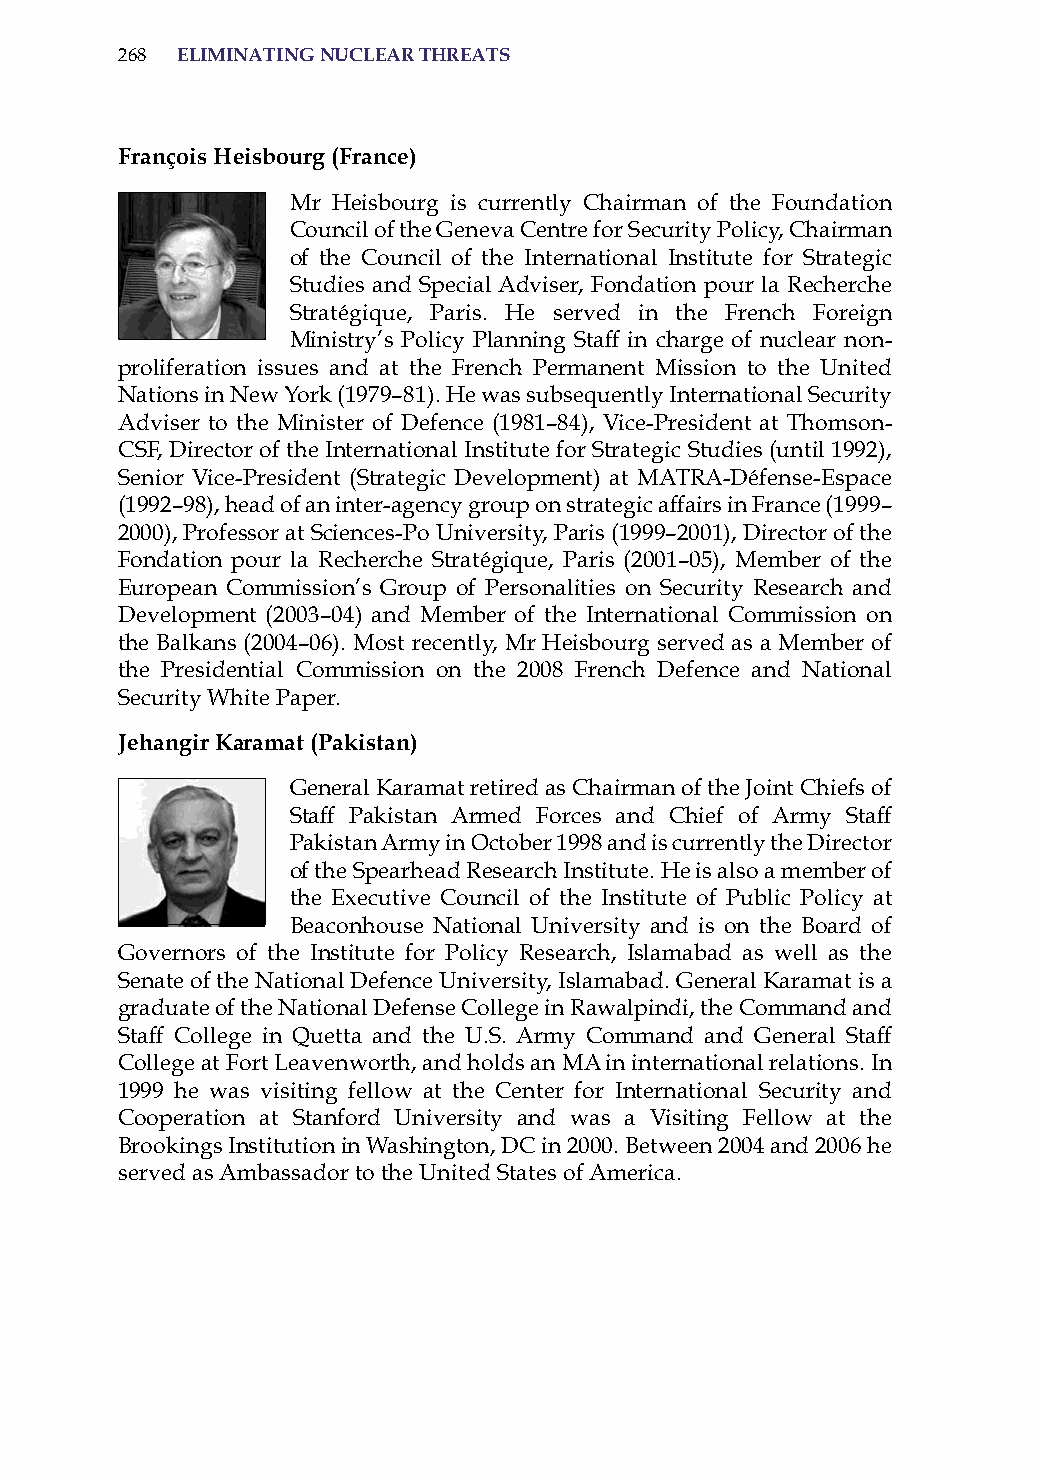
268 eliminatinG nuclear threats
 françois heisbourg (france)
 Mr heisbourg is currently Chairman of the Foundation
 Council of the Geneva Centre for security Policy, Chairman
 of the Council of the international institute for strategic
 studies and special adviser, Fondation pour la recherche
 stratégique, Paris. he served in the French Foreign
 Ministry’s Policy Planning staff in charge of nuclear non-
 proliferation issues and at the French Permanent Mission to the United
 Nations in New York (1979–81). he was subsequently international security
 adviser to the Minister of Defence (1981–84), Vice-President at Thomson-
 CsF, Director of the international institute for strategic studies (until 1992),
 senior Vice-President (strategic Development) at MaTra-Défense-Espace
 (1992–98), head of an inter-agency group on strategic affairs in France (1999–
 2000), Professor at sciences-Po University, Paris (1999–2001), Director of the
 Fondation pour la recherche stratégique, Paris (2001–05), Member of the
 European Commission’s Group of Personalities on security research and
 Development (2003–04) and Member of the international Commission on
 the Balkans (2004–06). Most recently, Mr heisbourg served as a Member of
 the Presidential Commission on the 2008 French Defence and National
 security White Paper.
 Jehangir karamat (Pakistan)
 General Karamat retired as Chairman of the Joint Chiefs of
 staff Pakistan armed Forces and Chief of army staff
 Pakistan army in october 1998 and is currently the Director
 of the spearhead research institute. he is also a member of
 the Executive Council of the institute of Public Policy at
 Beaconhouse National University and is on the Board of
 Governors of the institute for Policy research, islamabad as well as the
 senate of the National Defence University, islamabad. General Karamat is a
 graduate of the National Defense College in rawalpindi, the Command and
 staff College in Quetta and the U.s. army Command and General staff
 College at Fort Leavenworth, and holds an Ma in international relations. in
 1999 he was visiting fellow at the Center for international security and
 Cooperation at stanford University and was a Visiting Fellow at the
 Brookings institution in Washington, DC in 2000. Between 2004 and 2006 he
 served as ambassador to the United states of america.